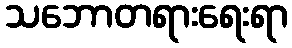
သဘောတရားရေးရာ